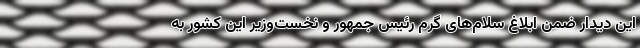
این دیدار ضمن ابلاغ سلام‌های گرم رئیس جمهور و نخست‌وزیر این کشور به